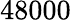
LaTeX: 48000